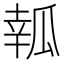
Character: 瓡